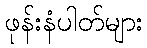
ဖုန်းနံပါတ်များ